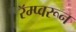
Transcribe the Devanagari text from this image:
रॅम्प्वरून